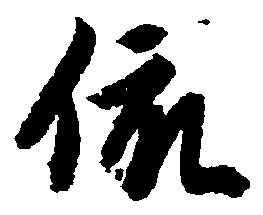
依